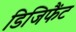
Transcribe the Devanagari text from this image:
डिजिफैंट